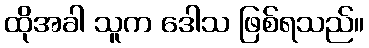
ထိုအခါ သူက ဒေါသ ဖြစ်ရသည်။